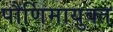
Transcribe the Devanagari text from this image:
पौर्णिमायुक्त